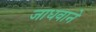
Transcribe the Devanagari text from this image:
जाधवाने